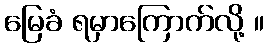
မြေခံ ရမှာကြောက်လို့ ။